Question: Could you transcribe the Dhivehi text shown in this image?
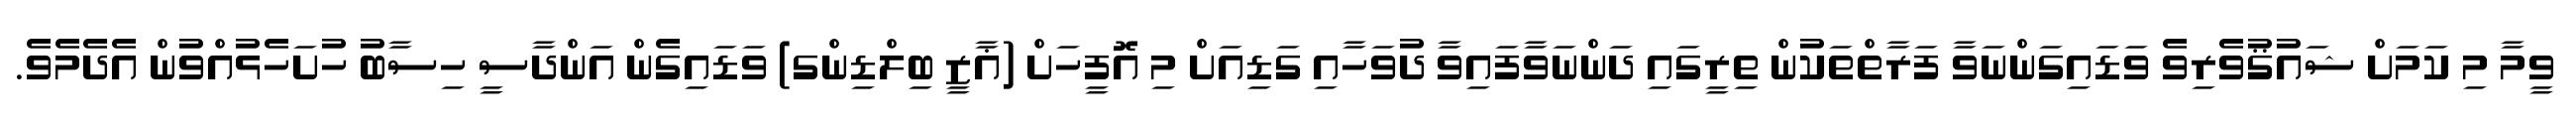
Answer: ވީމާ މި ކަމަށް ޝައުޤުވެރިވެ ވަޑައިގަންނަވާ ފަރާތްތަކުން ތިރީގައި ދަންނަވާފައިވާ ދުވަހާއި ގަޑިއަށް މި އޮފީހަށް (ޣާޒީ ބިލްޑިންގ) ވަޑައިގެން އަންދާސީ ހިސާބު ހުށަހެޅުއްވުން އެދެމެވެ.